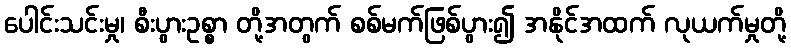
ပေါင်းသင်းမှု၊ စီးပွားဥစ္စာ တို့အတွက် စစ်မက်ဖြစ်ပွား၍ အနိုင်အထက် လုယက်မှုတို့